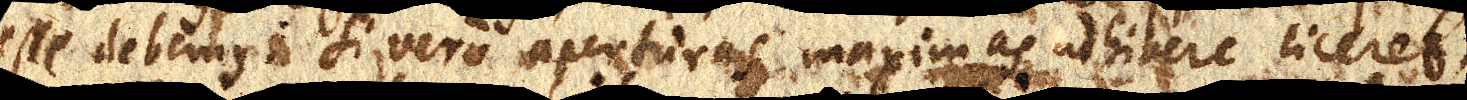
esse debemus : Si vero aperturas maximas adhibere liceret,